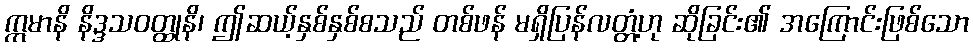
ဣမာနိ နိဒ္ဒသဝတ္ထုနိ၊ ဤဆယ့်နှစ်နှစ်စသည် တစ်ဖန် မရှိပြန်လတ္တံ့ဟု ဆိုခြင်း၏ အကြောင်းဖြစ်သော